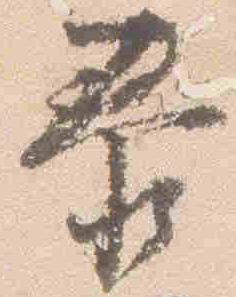
泰